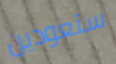
ستعودين